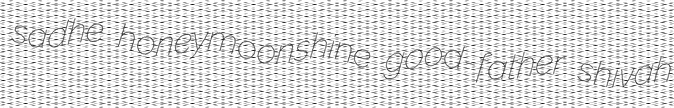
sadhe honeymoonshine good-father shivah